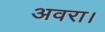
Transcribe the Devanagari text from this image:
अवरा।